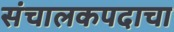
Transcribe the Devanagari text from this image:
संचालकपदाचा